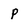
Character: p